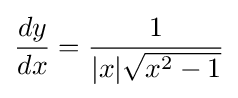
{\frac {dy}{dx}}={\frac {1}{|x|{\sqrt {x^{2}-1}}}}